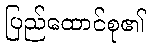
ပြည်ထောင်စု၏